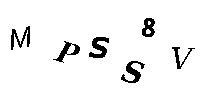
MPSS8V